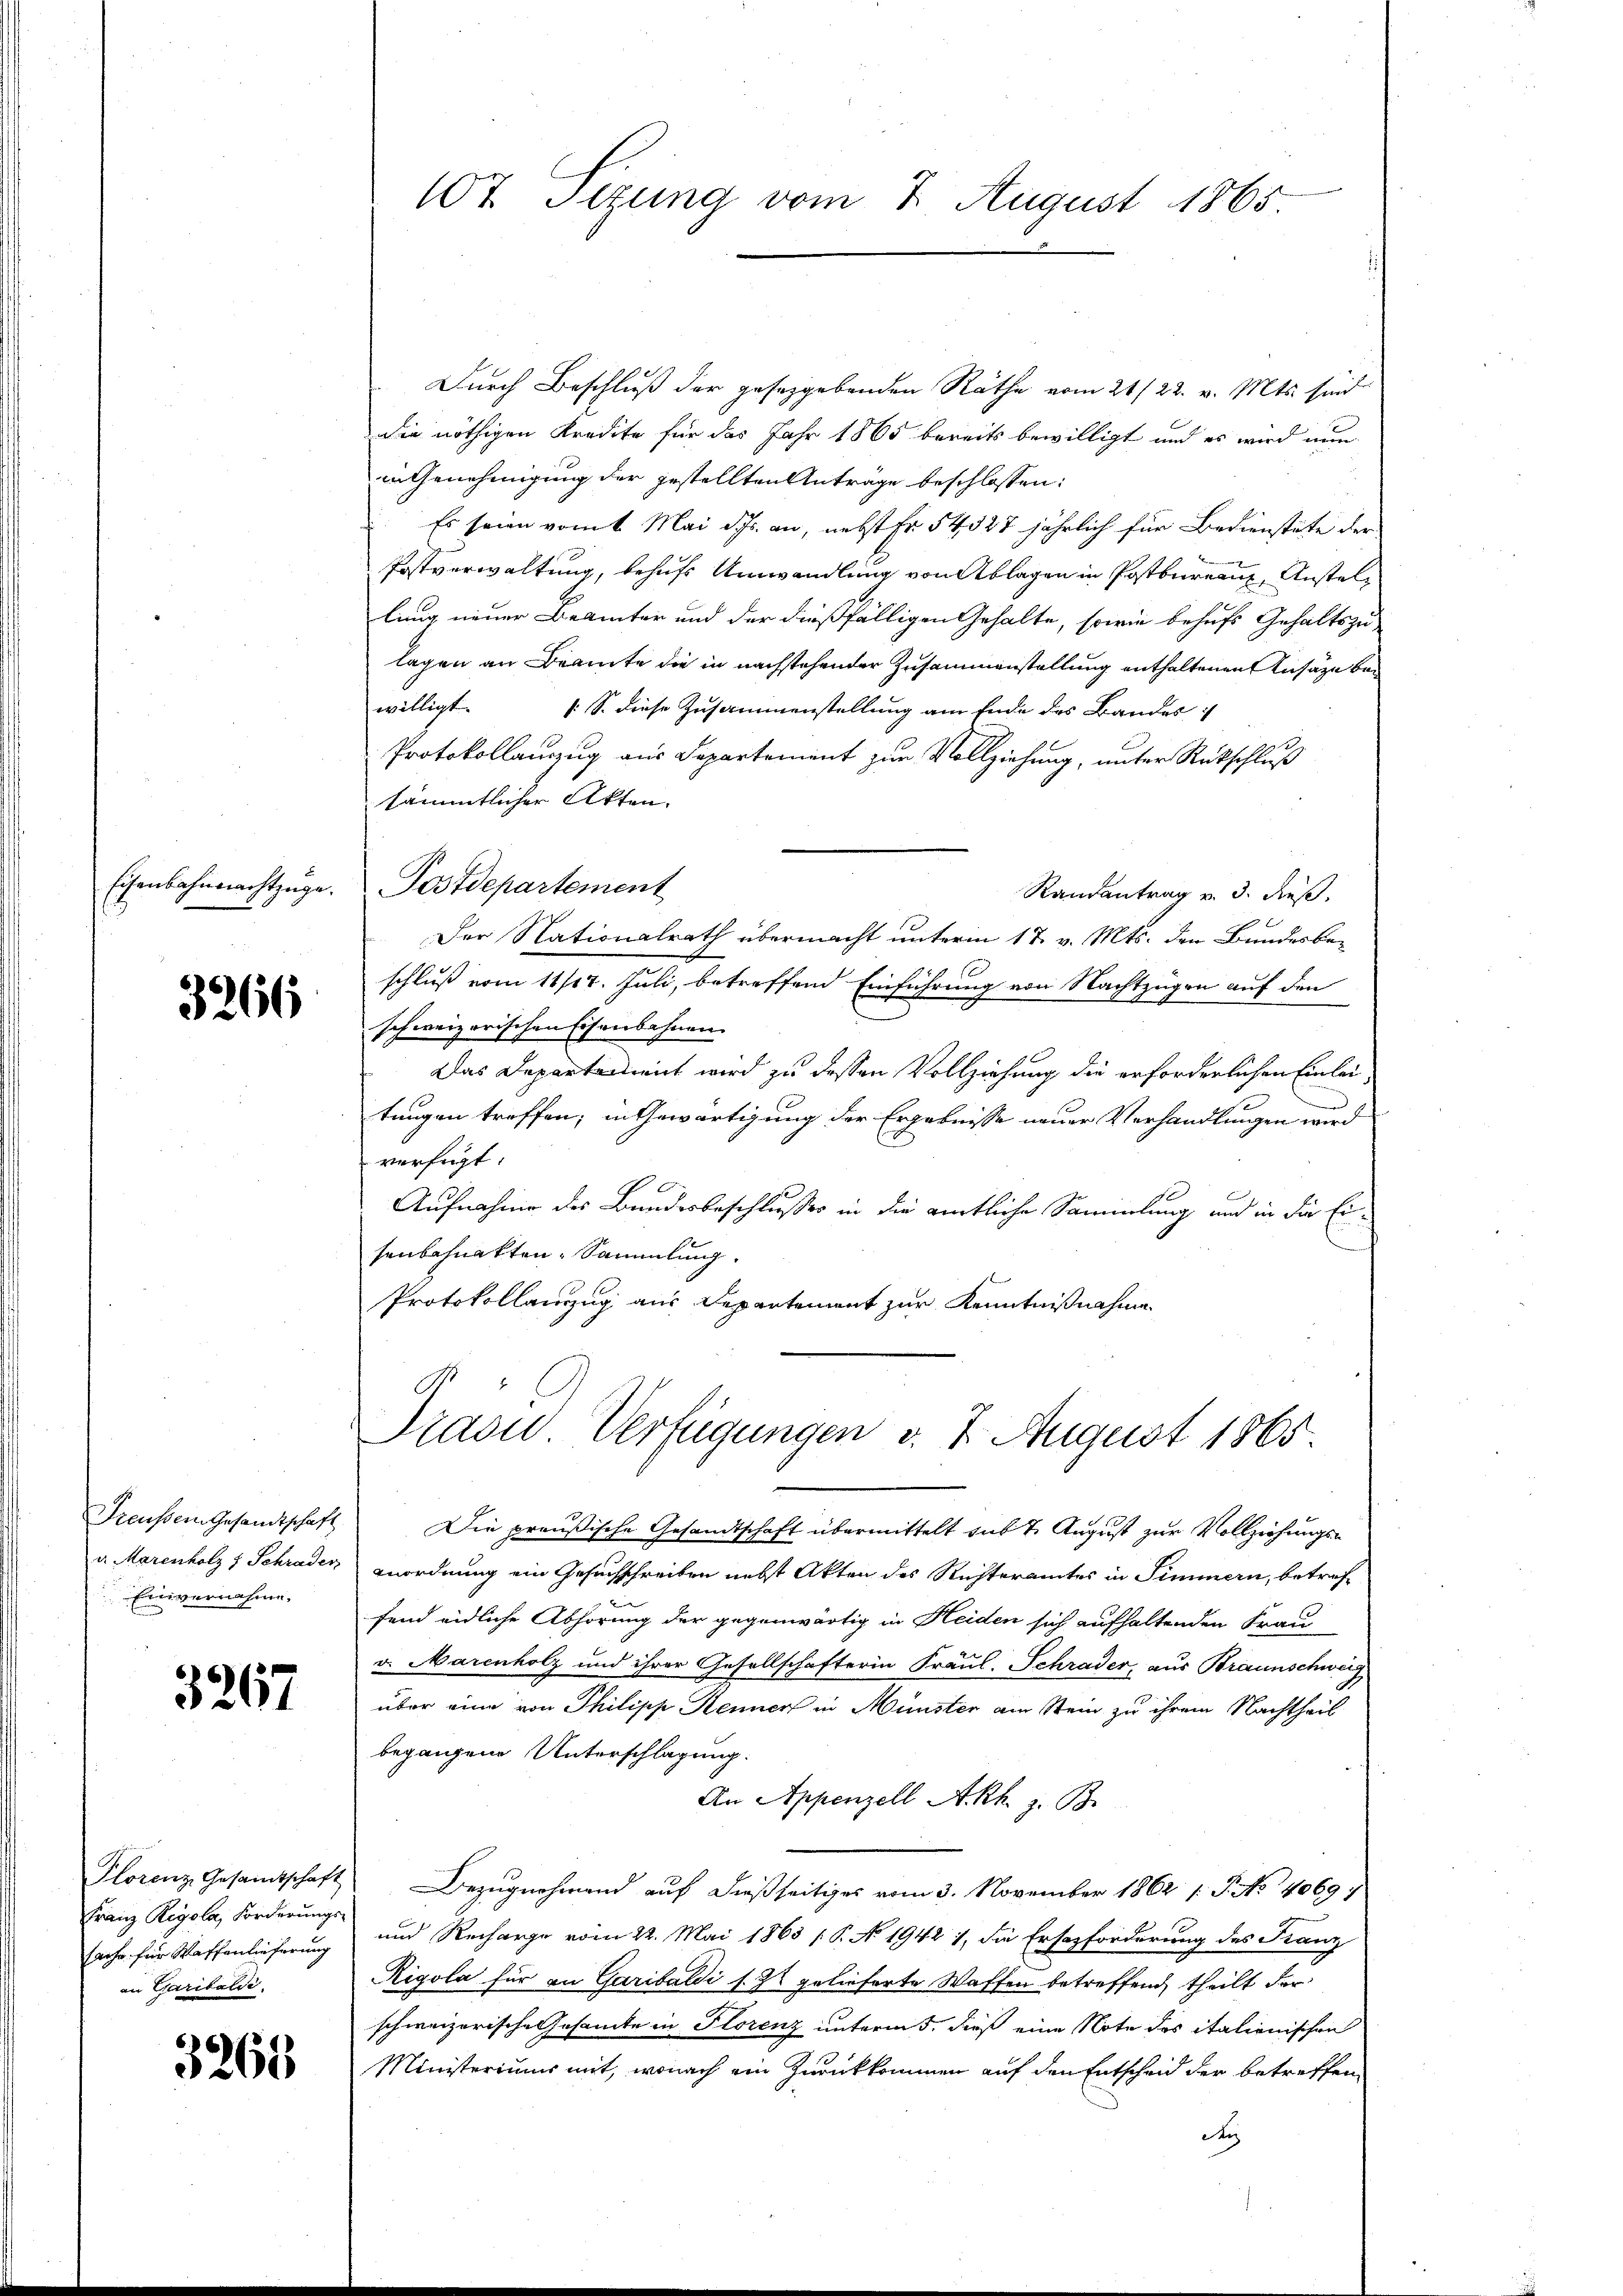
Eisenbahnmachtzüge.

3266

Einvernahme.

3267

Franz Regola, Forderungs-
sache für Waffenlieferung
an Caribaldi

3263

107. Sizung vom 7. August 1865

Durch Beschluß der geseggebenden Räthe vom 21/22. v. Mts. sind
wie nöthigen Kredite für das Jahr 1865 bereits bewilligt und es wird nun
in Genehmigung der gestellten Anträge beschlossen:
Es seien vom 1. Mai dchs. an, nebst fr. 54327 jährlich für Bedienstete der
Postverwaltung, behufs Umwandlung von Ablagen in Postbureaux, Anstellung neuer Beamter und der dießfälligen Gehalte, sowie behufs Gehaltszulagen an Beamte die in nachstehender Zusammenstellung enthaltenen Ansäze bewilligt. (S. diese Zusammenstellung am Ende des Bandes
Protokollanzug aus Departement zur Vollziehung, unter Rückschluß
sämmtlicher Akten.
Postdepartement
Randantrag v. 3. dieß.
Der Nationalrath übermacht unterm 17. v. Mts. den Bundesbeschluß vom 11/12. Juli, betreffend Einführung von Nachtzügen auf den
schweizerischen Eisenbahnen.
Das Departement wird zu dessen Vollziehung die erforderlichen Einleitungen treffen; in Gewärtigung der Ergebnisse neuer Verhandlungen wird
verfügt:
Aufnahme des Bundesbeschlusses in die amtliche Sammlung und in die Eisenbahnakten Sammlung.
Protokollanzug aus Departement zur Kenntnißnahme

Präsid. Verfügungen v. 7. August 1865.

Freussem Gesandtschaft Die preußische Gesandtschaft übermittelt sub 7. August zur Vollziehungs¬
u. Marenholz 1 Schraden Anordnung ein Gesuchschreiben nebst Akten des Richteramtes in Simmern, betreffend eidliche Abhörung der gegenwärtig in Heiden sich aufhaltenden Frau
v. Marenholz und ihrer Gesellschafterin Fräul. Schrader, aus Braunschweiz
über eine von Philipp Kenner in Münster am Stein zu ihrem Nachtheil
begangene Unterschlagung.
An Appenzell A.Rh. z. B.
Plorenz Gesamtschaft Bezugnahmend auf dießseitiges vom 3. November 1862 1. J. No. 40697
und Recharge vom 22. Mai 1863 / P. No. 1942 1, die Ersezforderung des Franz
Rigola für an Garibaldi s. 22 gelieferte Waffen betreffend, theilt der
schweizerische Gesamte in Florenz unterm 5. dieß eine Note des italienischen
Ministeriums mit, wonach ein Zurückkommen auf den Entscheid der betreffen
dn